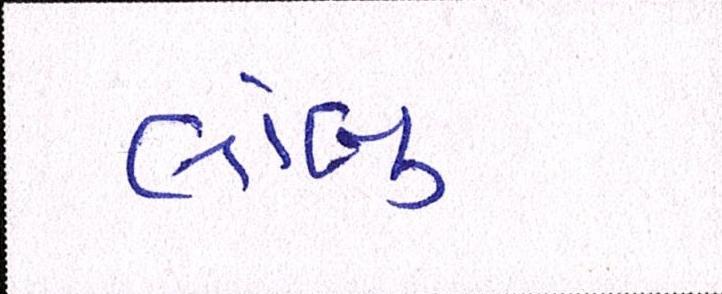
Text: લાંબુ